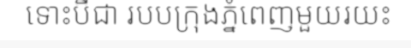
ទោះបីជា របបក្រុងភ្នំពេញមួយរយះ